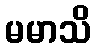
မမာသိ